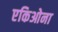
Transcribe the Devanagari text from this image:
एकिओना